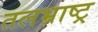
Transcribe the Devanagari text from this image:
तलभ्राष्ट्र